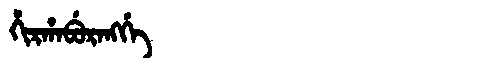
Manchu: ᡥᡳᡵᡥᠠᠪᡠᡵᠠᠩᡤᡝ
Romanization: HIRHABURANGGE